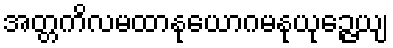
အတ္တကိလမထာနုယောဂမနုယုဉ္ဇေယျ